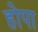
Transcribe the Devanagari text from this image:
होपा